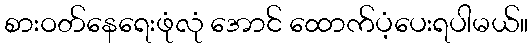
စားဝတ်နေရေးဖုံလုံ အောင် ထောက်ပံ့ပေးရပါမယ်။